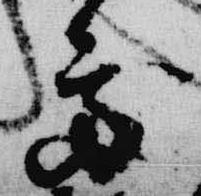
処